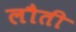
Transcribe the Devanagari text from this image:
लौती